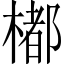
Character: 𣛭